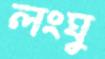
লংঘু